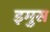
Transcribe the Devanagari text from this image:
इमुस